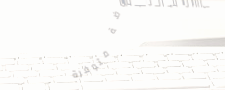
أحدث صيحات الموضة متوفرة